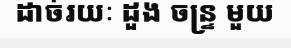
ដាច់រយៈ ដួង ចន្ទ្រ មួយ